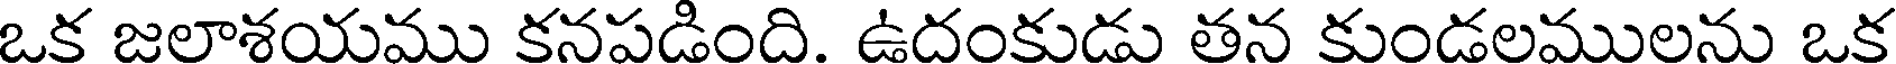
ఒక జలాశయము కనపడింది. ఉదంకుడు తన కుండలములను ఒక